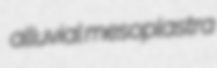
alluvial mesoplastra